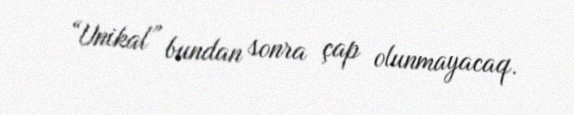
“Unikal” bundan sonra çap olunmayacaq.